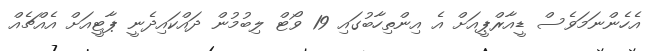
އެހެންނަމަވެސް ޑީއާރްޕީއަށް އެ އިންތިހާބުގައި 19 ވޯޓް ލިބުމުން ދައްކައިދެނީ ޕާޓީއަށް އެއްޗެއް